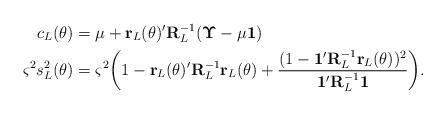
LaTeX: \begin{align*}c_L(\theta)&=\mu+\mathbf{r}_L(\theta)'\mathbf{R}_L^{-1}(\mathbf \Upsilon-\mu \mathbf 1)\\\varsigma^2s^2_L(\theta)&= \varsigma^2\biggl(1-\mathbf r_L(\theta)'\mathbf R_L^{-1}\mathbf r_L(\theta)+\frac{(1-\mathbf 1'\mathbf R_L^{-1}\mathbf r_L(\theta))^2}{\mathbf 1'\mathbf R_L^{-1}\mathbf 1}\biggr).\end{align*}